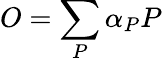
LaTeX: O=\sum_{P}\alpha_{P}P